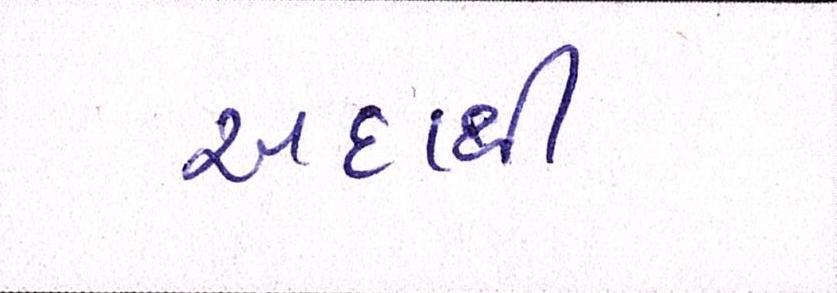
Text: અદાથી